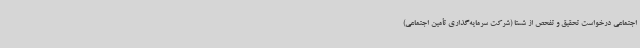
اجتماعی درخواست تحقیق و تفحص از شستا (شرکت سرمایه‌گذاری تأمین اجتماعی)